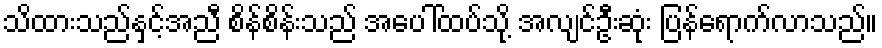
သိထားသည်နှင့်အညီ စိန်စိန်းသည် အပေါ်ထပ်သို့ အလျင်ဦးဆုံး ပြန်ရောက်လာသည်။